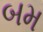
બમ